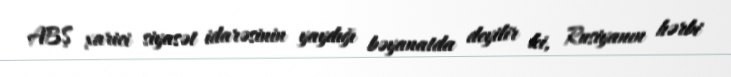
ABŞ xarici siyasət idarəsinin yaydığı bəyanatda deyilir ki, Rusiyanın hərbi